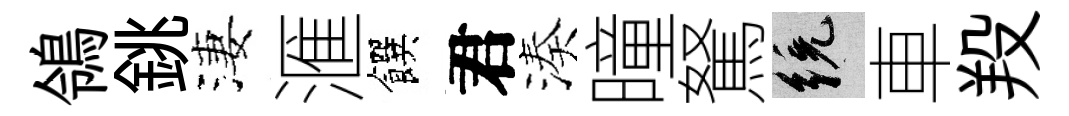
鴒銚淒滙饌君湊曈駑統車羖